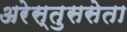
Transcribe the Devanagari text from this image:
अरेस्तुससेता